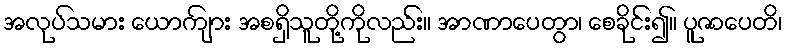
အလုပ်သမား ယောကျ်ား အစရှိသူတို့ကိုလည်း။ အာဏာပေတွာ၊ စေခိုင်း၍။ ပူဇာပေတိ၊